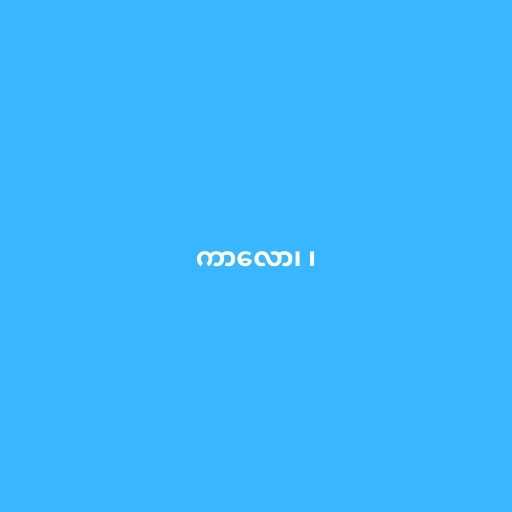
ကာလော၊ ၊